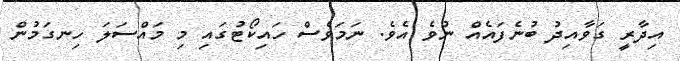
އިދާރީ ގަވާއިދު ބުނެފައެއް ނުވެ އެވެ. ނަމަވެސް ހައިކޯޓުގައި މި މައްސަލަ ހިނގަމުން